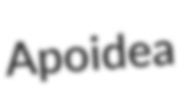
Apoidea